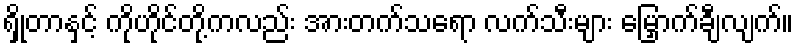
ရှိုတာနှင့် ကိုဟိုင်တို့ကလည်း အားတက်သရော လက်သီးများ မြှောက်ချီလျက်။